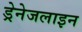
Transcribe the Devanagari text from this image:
ड्रेनेजलाइन